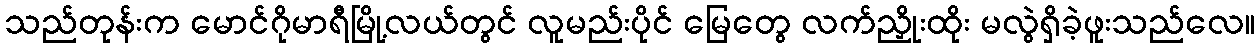
သည်တုန်းက မောင်ဂိုမာရီမြို့လယ်တွင် လူမည်းပိုင် မြေတွေ လက်ညှိုးထိုး မလွဲရှိခဲ့ဖူးသည်လေ။